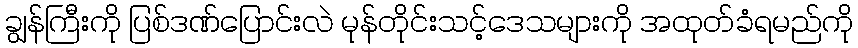
ချွန်ကြီးကို ပြစ်ဒဏ်ပြောင်းလဲ မုန်တိုင်းသင့်ဒေသများကို အထုတ်ခံရမည်ကို